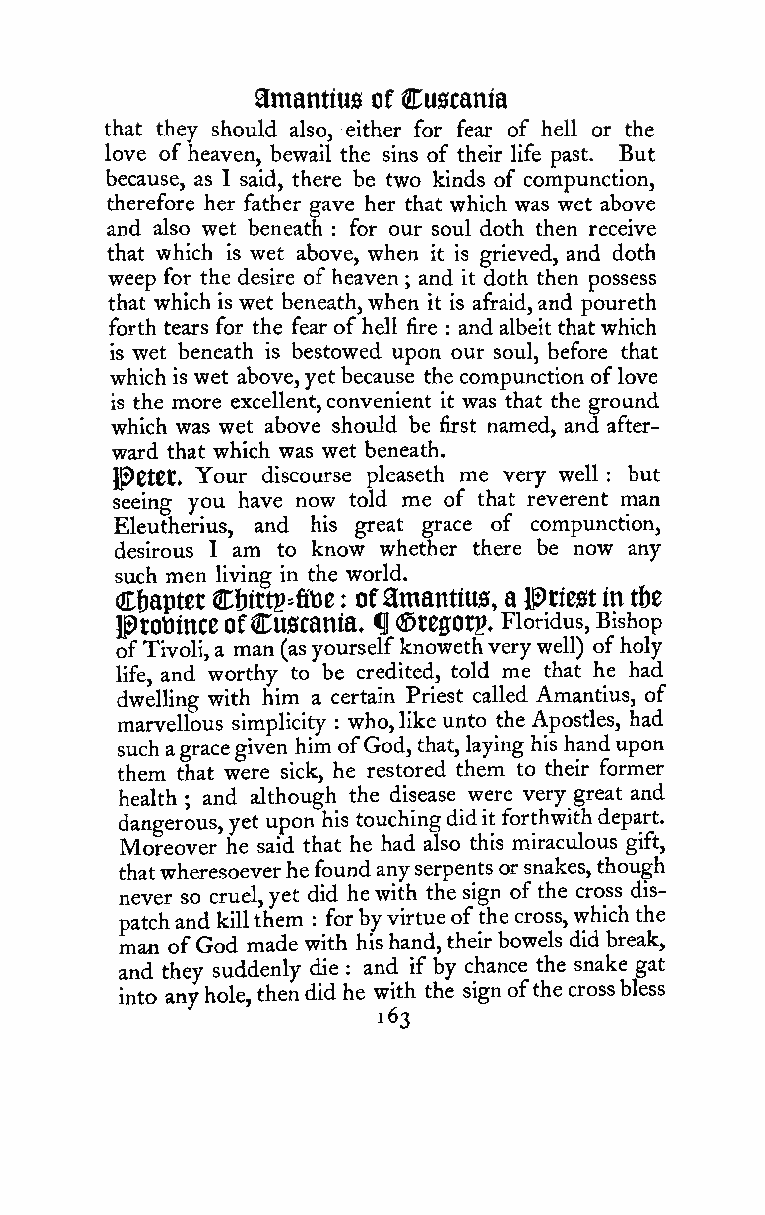
amantius of Cuscania
 that they should also, either for fear of hell or the
 love of heaven, bewail the sins of their life past. But
 because, as I said, there be two kinds of compunction,
 therefore her father gave her that which was wet above
 and also wet beneath for our soul doth then receive
 :
 that which is wet above, when it is grieved, and doth
 weep for the desire of heaven ; and it doth then possess
 that which is wet beneath,when it is afraid,and poureth
 forth tears for the fear ofhell fire : and albeit that which
 is wet beneath is bestowed upon our soul, before that
 which is wet above,yet because the compunction oflove
 is the more excellent,convenient it was that the ground
 which was wet above should be first named, and after-
 ward that which was wet beneath.
 }^0tSt» Your discourse pleaseth me very well : but
 seeing you have now told me of that reverent man
 Eleutherius, and his great grace of compunction,
 desirous I am to know whether there be now any
 such men living in the world.
 Chapter Cl)ittp*fit)e : ofamantius, a l^tiest in ttt
 PtOtJince ofCU0Cama. ^ <JDreffOtp. Floridus, Bishop
 ofTivoli,a man (asyourselfknowethverywell) ofholy
 life, and worthy to be credited, told me that he had
 dwelling with him a certain Priest called Amantius, of
 marvellous simplicity who,like unto the Apostles, had
 :
 suchagracegiven him ofGod, that,laying his handupon
 them that were sick, he restored them to their former
 health and although the disease were very great and
 ;
 dangerous,yet upon his touchingdidit forthwithdepart.
 Moreover he said that he had also this miraculous gift,
 thatwheresoeverhefoundanyserpents orsnakes,though
 never so cruel,yet did hewith the sign ofthe cross dis-
 patchand killthem
 :
 forbyvirtueofthe cross,whichthe
 man ofGod made with hishand,their bowels didbreak,
 and they suddenly die : and if by chance the snake gat
 into anyhole,thendid he with the signofthe crossbless
 163